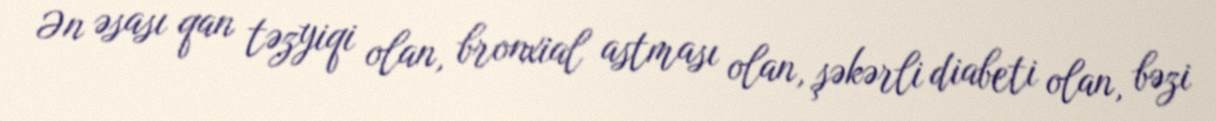
Ən əsası qan təzyiqi olan, bronxial astması olan, şəkərli diabeti olan, bəzi